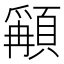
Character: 𩔋